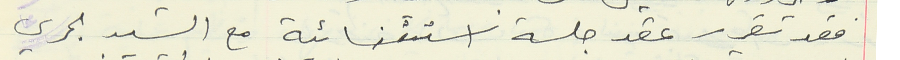
فقد تقرر عقد جلسة استثنائية مع السيد بحري